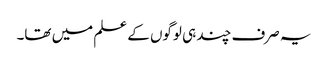
یہ صرف چند ہی لوگوں کے علم میں تھا۔